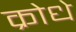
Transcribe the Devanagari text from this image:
क्रोधे